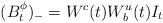
LaTeX: \begin{align*}(B^\phi_t)_-=W^c(t)W^u_b(t)I_t\end{align*}